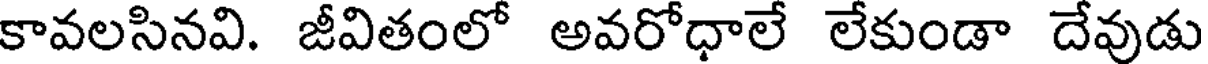
కావలసినవి. జీవితంలో అవరోధాలే లేకుండా దేవుడు